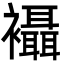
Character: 襵